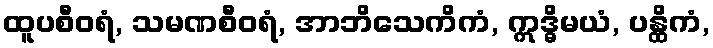
ထူပစီဝရံ, သမဏစီဝရံ, အာဘိသေကိကံ, ဣဒ္ဓိမယံ, ပန္ထိကံ,